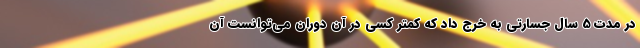
در مدت 5 سال جسارتی به خرج داد که کمتر کسی در آن دوران می‌توانست آن